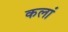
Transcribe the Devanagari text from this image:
कलां